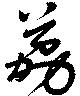
荔